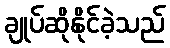
ချုပ်ဆိုနိုင်ခဲ့သည်